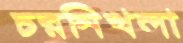
চরনিখলা